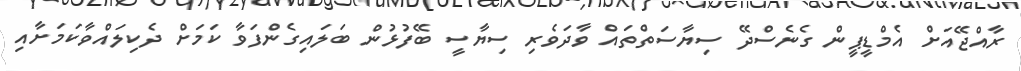
ރާއްޖޭއަށް އެމްޑީޕީން ގެނެސްދޭ ސިޔާސަތްތައް ވާދަވެރި ސިޔާސީ ބޭފުޅުން ބަލައިގެންފަވާ ކަމަށް ދެކިލައްވާކަމަށާއި